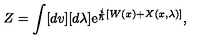
Z = \int [ d v ] [ d \lambda ] \mathrm { e } ^ { \frac { i } { \hbar } \left[ W ( x ) + X ( x , \lambda ) \right] } { } ,